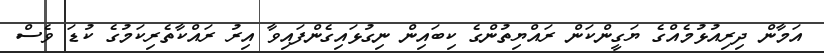
އަމާން ދިރިއުޅުމެއްގެ ޔަގީންކަން ރައްޔިތުންގެ ކިބައިން ނިގުޅައިގެންފައިވާ އިރު ރައްކާތެރިކަމުގެ ކުޑަ ވެސް